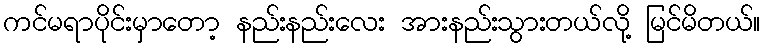
ကင်မရာပိုင်းမှာတော့ နည်းနည်းလေး အားနည်းသွားတယ်လို့ မြင်မိတယ်။